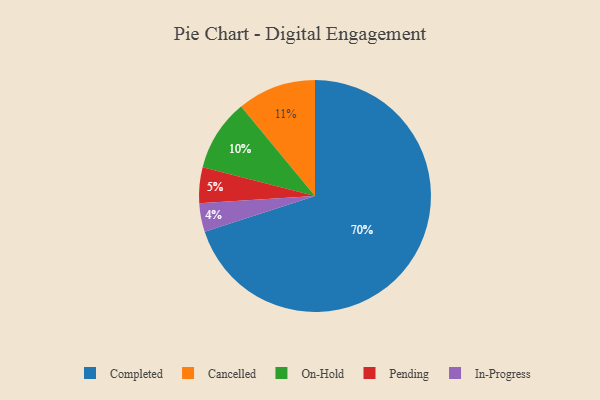
{"axis": {"x": "Category", "y": "Percentage"}, "legend": ["Cancelled", "Completed", "In-Progress", "On-Hold", "Pending"], "data": [{"x": "On-Hold", "y": 10, "type": "On-Hold"}, {"x": "Completed", "y": 70, "type": "Completed"}, {"x": "Cancelled", "y": 11, "type": "Cancelled"}, {"x": "Pending", "y": 5, "type": "Pending"}, {"x": "In-Progress", "y": 4, "type": "In-Progress"}]}